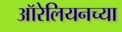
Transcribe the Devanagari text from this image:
ऑरेलियनच्या